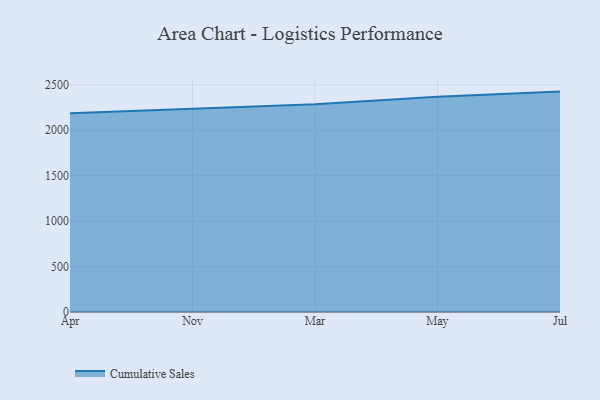
{"axis": {"x": "Month", "y": "Shipments"}, "legend": ["Cumulative Sales"], "data": [{"x": "Apr", "y": 2185.3, "type": "Cumulative Sales"}, {"x": "Nov", "y": 2237.7, "type": "Cumulative Sales"}, {"x": "Mar", "y": 2285.9, "type": "Cumulative Sales"}, {"x": "May", "y": 2367.1, "type": "Cumulative Sales"}, {"x": "Jul", "y": 2424.1, "type": "Cumulative Sales"}]}